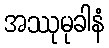
အဿုမုခါနံ